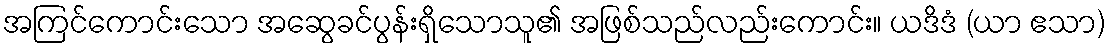
အကြင်ကောင်းသော အဆွေခင်ပွန်းရှိသောသူ၏ အဖြစ်သည်လည်းကောင်း။ ယဒိဒံ (ယာ ဧသာ)